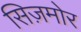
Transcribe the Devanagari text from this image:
सिज़मोर